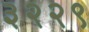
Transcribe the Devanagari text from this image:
३२२९